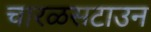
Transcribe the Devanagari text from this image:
चारळसटाउन